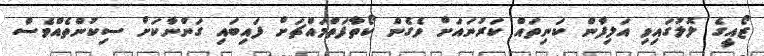
ޒޯއީގެ ލޮލުގައިވި އަލިފާން ކަނިތައް ކަރުނައަށް ވެގެން ކޯތާފަތްމައްޗަށް ފައިބައި ގަންނާކަށް ސިކުންތެއްވެސް